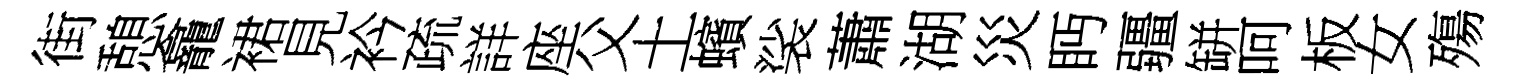
街憩龕裙見衿疏詳座父土蠙裟蕭湖災眄疆缾呵板女殤